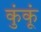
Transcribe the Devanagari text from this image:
कुंकूं